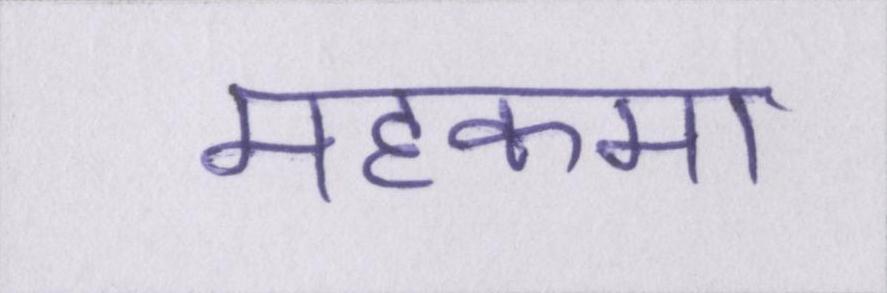
महकमा